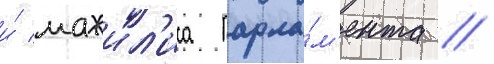
и́ мажил'иса парла́м'ента //